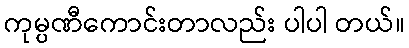
ကုမ္ပဏီကောင်းတာလည်း ပါပါ တယ်။